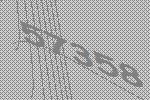
57358